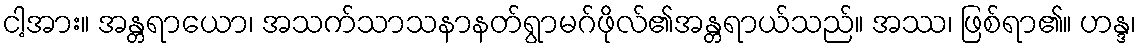
ငါ့အား။ အန္တရာယော၊ အသက်သာသနာနတ်ရွာမဂ်ဖိုလ်၏အန္တရာယ်သည်။ အဿ၊ ဖြစ်ရာ၏။ ဟန္ဒ၊